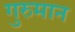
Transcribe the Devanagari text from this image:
गुरुमान